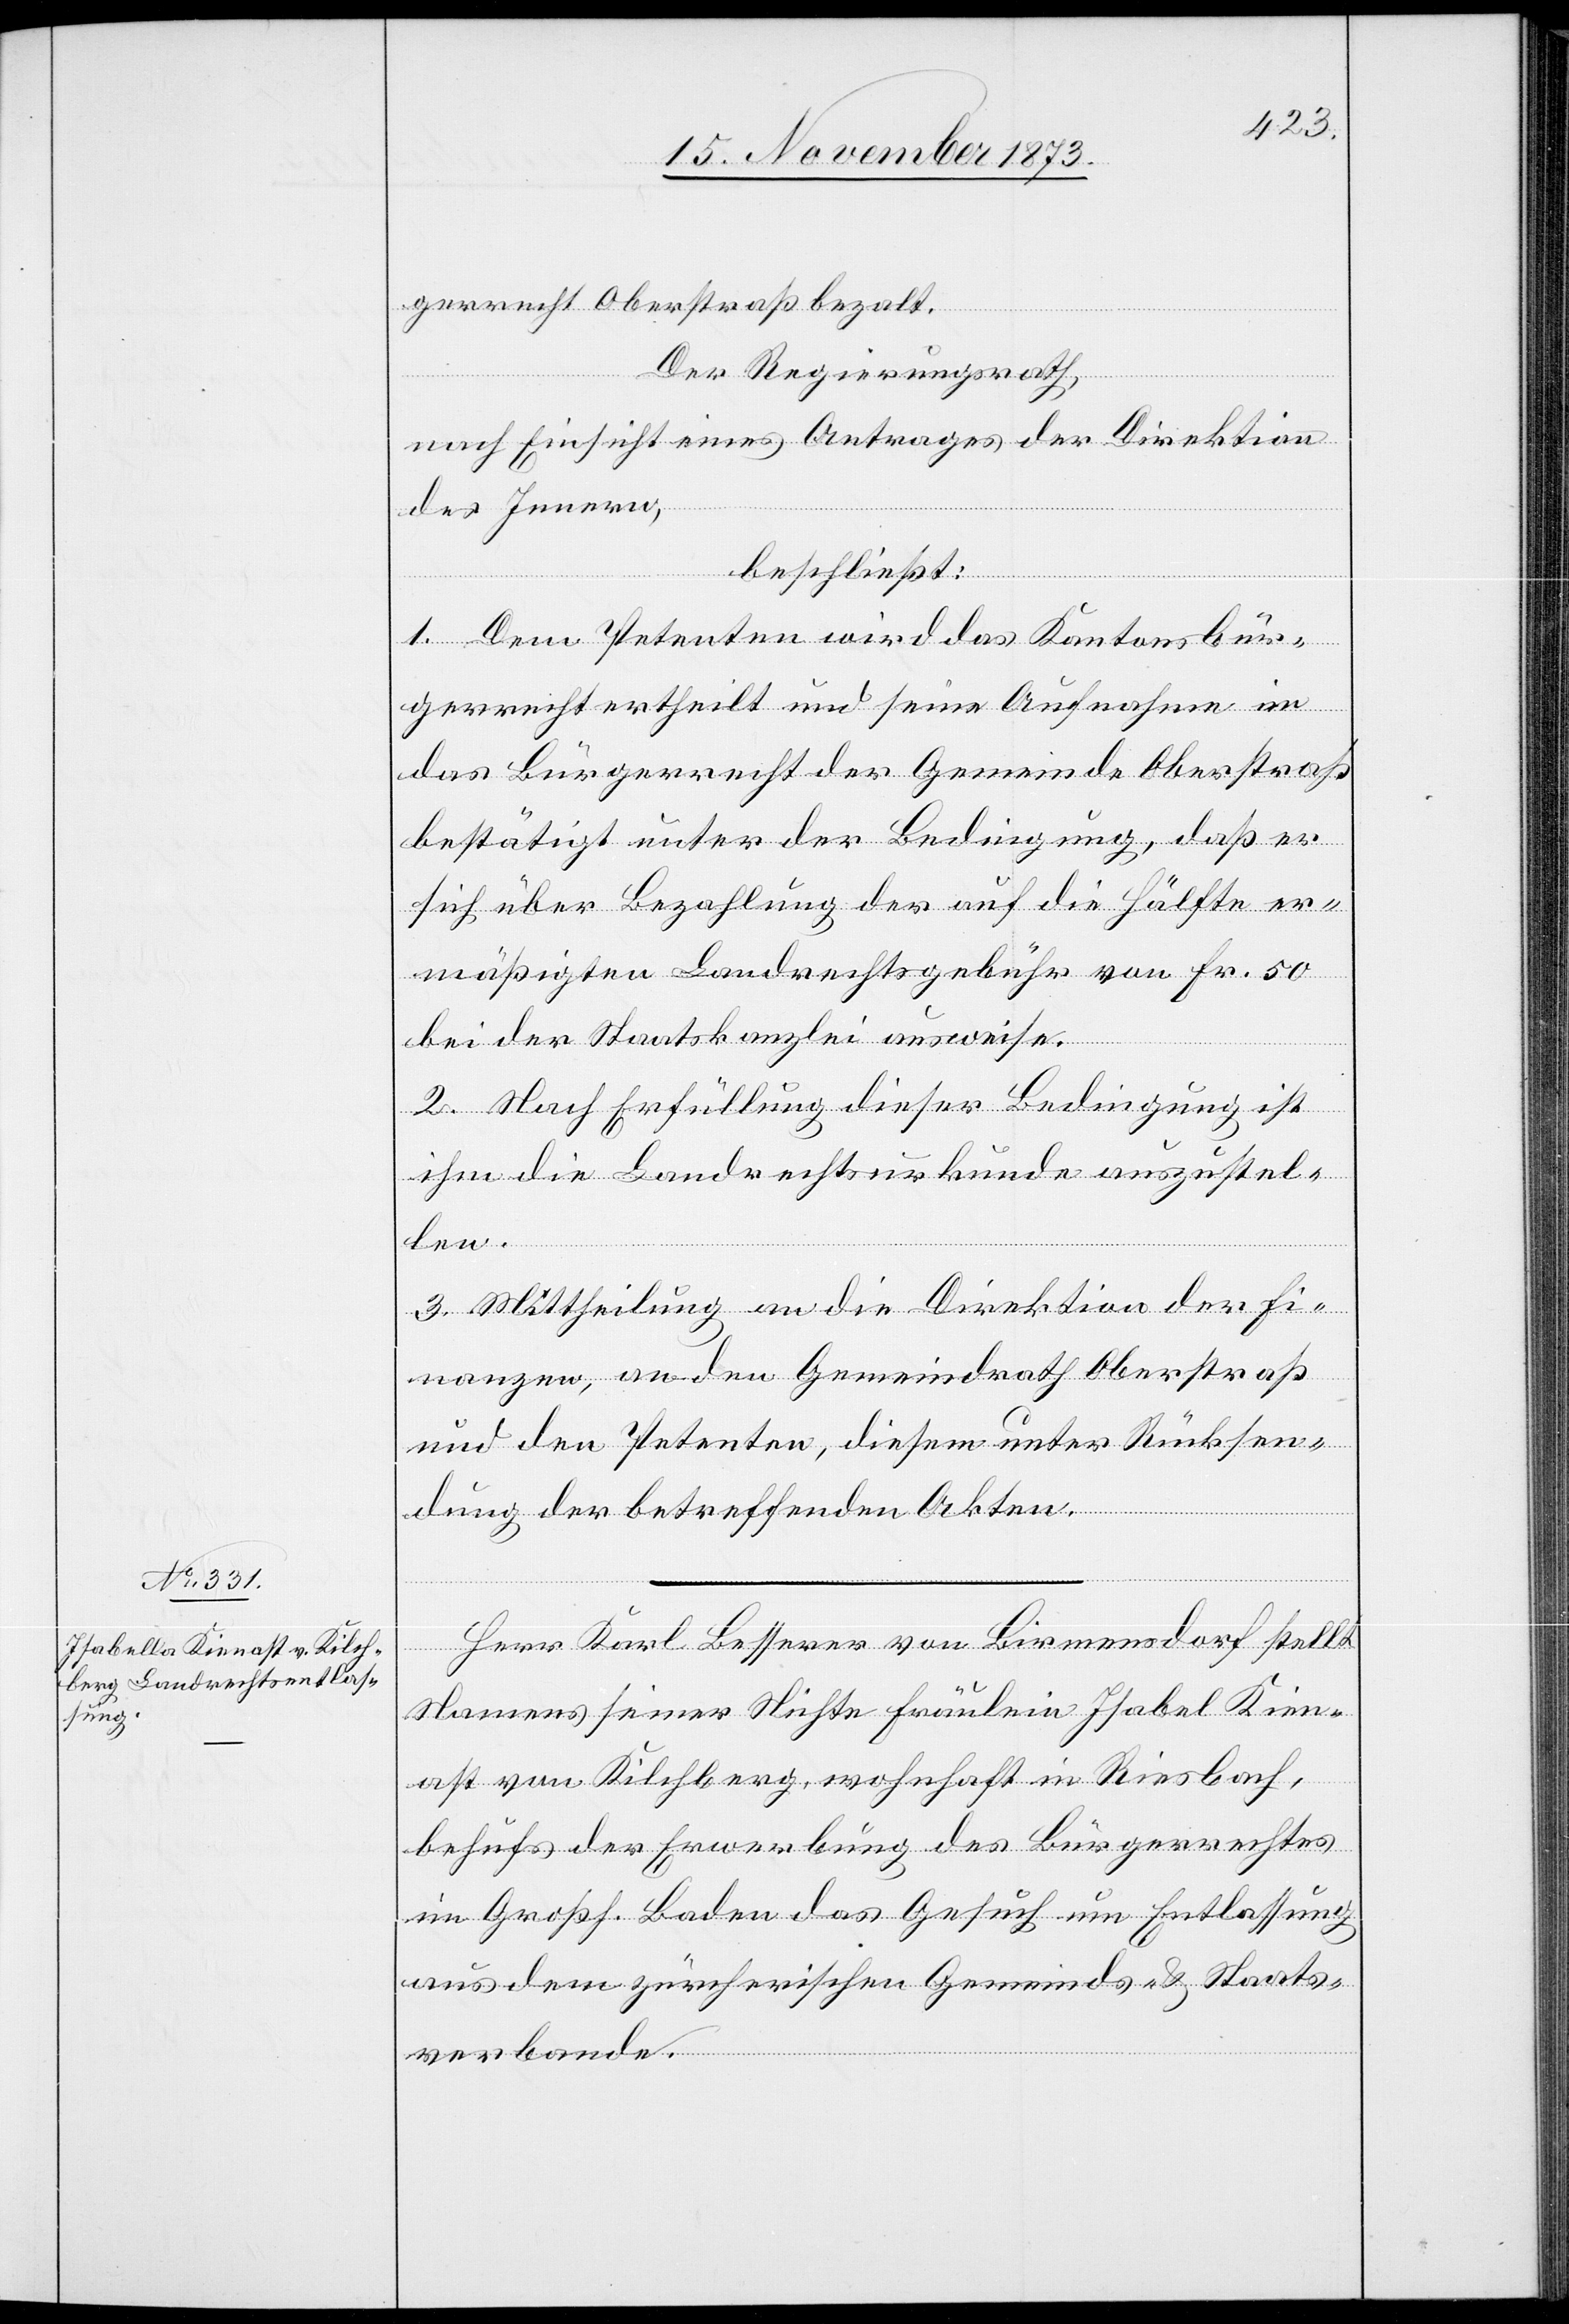
gerrecht Oberstraß bezalt.
Der Regierungsrath,
nach Einsicht eines Antrages der Direktion
des Innern,
beschließt:
1. Dem Petenten wird das Kantonsbür¬
gerrecht ertheilt und seine Aufnahme in
das Bürgerrecht der Gemeinde Oberstraß
bestätigt unter der Bedingung, daß er
sich über Bezahlung der auf die Hälfte er¬
mäßigten Landrechtsgebühr von Fr. 50
bei der Staatskanzlei ausweise.
2. Nach Erfüllung dieser Bedingung ist
ihm die Landrechtsurkunde auszustel¬
Kien¬
3. Mittheilung an die Direktion der Fi¬
nanzen, an den Gemeindrath Oberstraß
und den Petenten, diesem unter Rücksen¬
dung der betreffenden Akten.
Herr Karl Besserer von Birmensdorf stellt
Namens seiner Nichte Fräulein Isabel [sic!]
ast von Kilchberg, wohnhaft in Riesbach,
behufs der Erwerbung des Bürgerrechtes
im Großh. Baden das Gesuch um Entlassung
aus dem zürcherischen Gemeinds- & Staats¬
verbande.